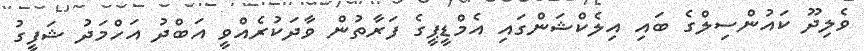
ވެލިދޫ ކައުންސިލްގެ ބައި އިލެކްޝަންގައި އެމްޑީޕީގެ ފަރާތުން ވާދަކުރެއްވީ އަބްދު އަހްމަދު ޝަފީގު